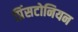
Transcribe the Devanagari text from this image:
प्रिंसटोनियन